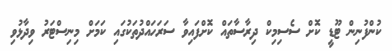
ކުންފުނިން ޓޫޑީ ކޮށް ސެސިމިކް ދިރާސާތައް ކޮށްފައިވާ ސަރަހައްދުތަކުގައި ކަމަށް މިނިސްޓަރު ވިދާޅުވި